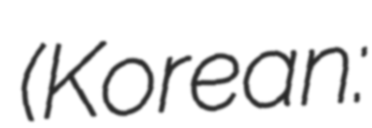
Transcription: (Korean: